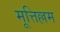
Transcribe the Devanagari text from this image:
मूत्तिल्लम